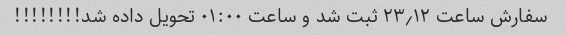
سفارش ساعت ۲۳٫۱۲ ثبت شد و ساعت ۰۱:۰۰ تحویل داده شد!!!!!!!!